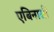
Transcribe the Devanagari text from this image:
एबिनासी